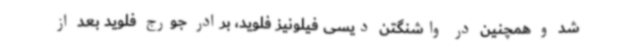
شد و همچنین در واشنگتن دیسی فیلونیز فلوید، برادر جورج فلوید بعد از